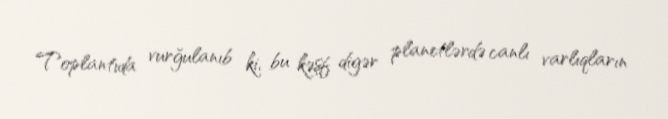
Toplantıda vurğulanıb ki, bu kəşf digər planetlərdə canlı varlıqların